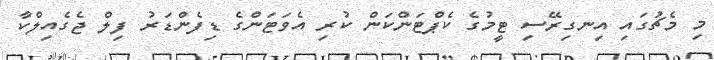
މި މެޗުގައި އިނގިރޭސި ޓީމުގެ ކެޕްޓަންކަން ކުރި އެވަޓަންގެ ޑިފެންޑަރު ފިލް ޖެގެއިލްކާ